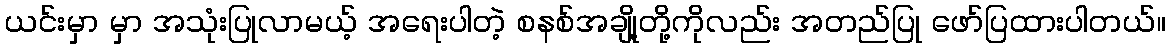
ယင်းမှာ မှာ အသုံးပြုလာမယ့် အရေးပါတဲ့ စနစ်အချို့တို့ကိုလည်း အတည်ပြု ဖော်ပြထားပါတယ်။